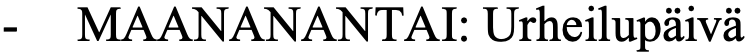
-  MAANANANTAI: Urheilupäivä